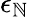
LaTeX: \epsilon_{\mathbb{N}}